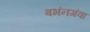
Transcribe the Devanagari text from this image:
बभंनगंवा